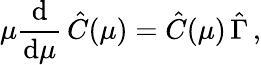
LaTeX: \mu\frac{\mathrm{d}}{\mathrm{d}\mu}\, \hat{C}(\mu)=\hat{C}(\mu)\, \hat{\Gamma}\, ,